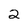
Character: 2